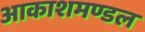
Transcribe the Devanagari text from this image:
आकाशमण्डल